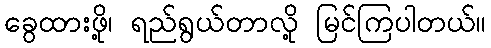
ခွေထားဖို့၊ ရည်ရွယ်တာလို့ မြင်ကြပါတယ်။